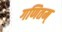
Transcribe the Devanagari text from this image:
गणितम्